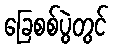
ခြေစစ်ပွဲတွင်